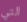
التي